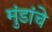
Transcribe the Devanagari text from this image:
मुंडांचे